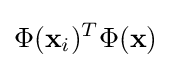
\Phi (\mathbf {x} _{i})^{T}\Phi (\mathbf {x} )